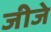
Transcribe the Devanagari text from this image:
जीजे